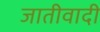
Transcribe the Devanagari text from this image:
जातीवादी